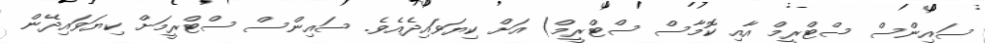
ސައިންސް ސްޓްރީމް އާއި ކޮމާސް ސްޓްރީމް) އަށް ކިޔަވައިދެއެވެ. ސައިންސް ސްޓްރީމަށް ކިޔަވައިދޭން